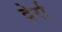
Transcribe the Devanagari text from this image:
देर्रा